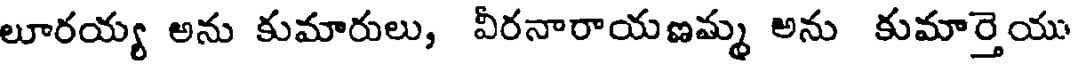
లూరయ్య అను కుమారులు, వీరనారాయణమ్మ అను కుమార్తెయు